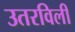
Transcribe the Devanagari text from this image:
उतरविली